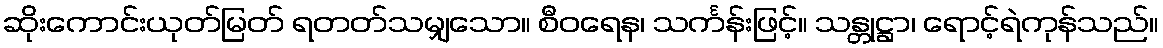
ဆိုးကောင်းယုတ်မြတ် ရတတ်သမျှသော။ စီဝရေန၊ သင်္ကန်းဖြင့်။ သန္တုဋ္ဌာ၊ ရောင့်ရဲကုန်သည်။